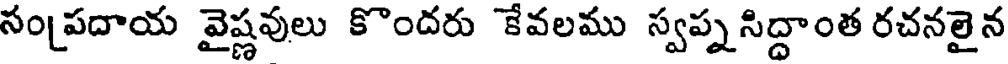
సంప్రదాయ వైష్ణవులు కొందరు కేవలము స్వప్నసిద్దాంత రచనలైన